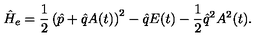
\hat { H } _ { e } = \frac { 1 } { 2 } \left( \hat { p } + \hat { q } A ( t ) \right) ^ { 2 } - \hat { q } E ( t ) - \frac { 1 } { 2 } \hat { q } ^ { 2 } A ^ { 2 } ( t ) .